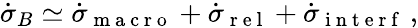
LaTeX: \dot{\sigma}_{B}\simeq\dot{\sigma}_{\mathrm{~m~a~c~r~o~}}+\dot{\sigma}_{\mathrm{~r~e~l~}}+\dot{\sigma}_{\mathrm{~i~n~t~e~r~f~}}\, ,